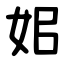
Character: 㚶